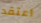
أعتقد